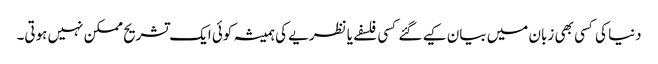
دنیا کی کسی بھی زبان میں بیان کیے گئے کسی فلسفے یا نظریے کی ہمیشہ کوئی ایک تشریح ممکن نہیں ہوتی۔